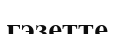
гэзетте